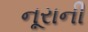
નૂરાની